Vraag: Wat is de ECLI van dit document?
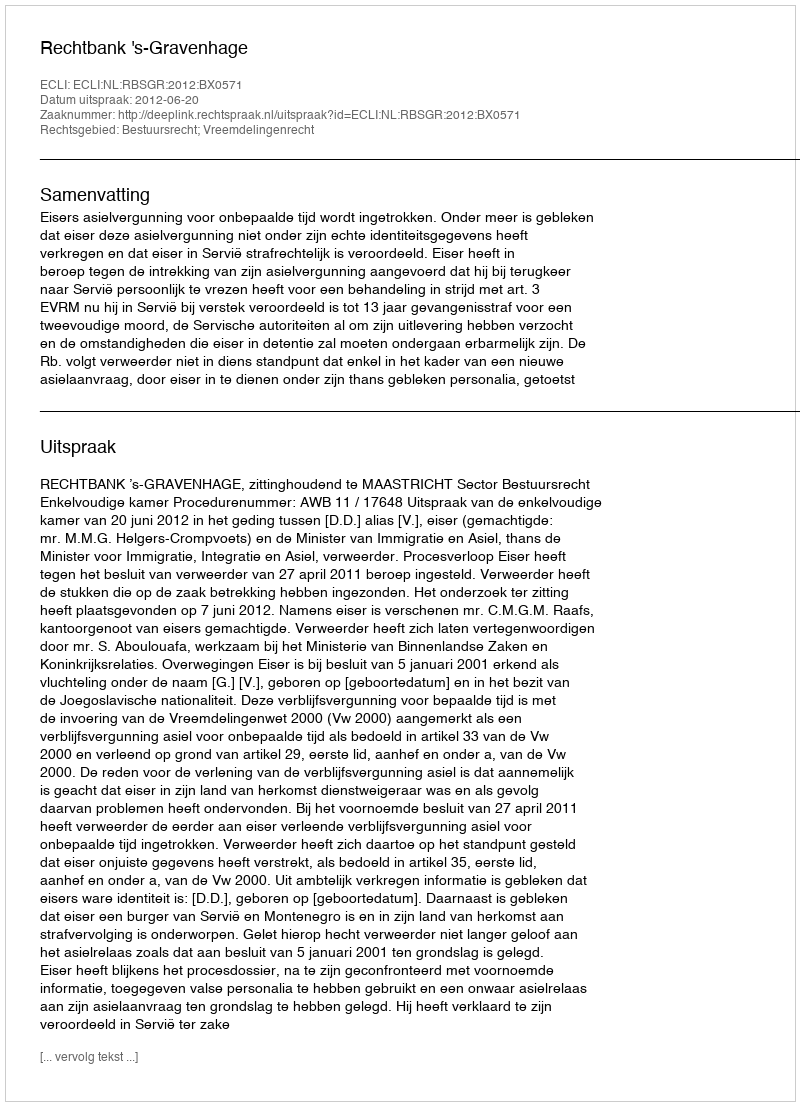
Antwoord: ECLI:NL:RBSGR:2012:BX0571